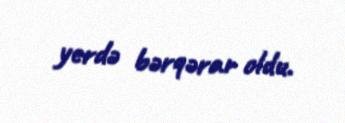
yerdə bərqərar oldu.